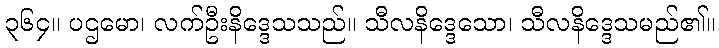
၃၆၄။ ပဌမော၊ လက်ဦးနိဒ္ဒေသသည်။ သီလနိဒ္ဒေသော၊ သီလနိဒ္ဒေသမည်၏။